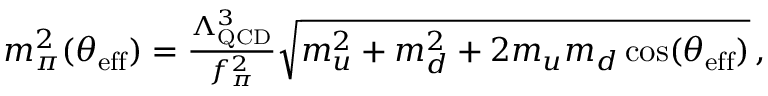
\begin{array} { r } { \! \! \! \! \! \! \! \! \! \! \! \! \! \! \! m _ { \pi } ^ { 2 } ( \theta _ { \mathrm { e f f } } ) = \frac { \Lambda _ { \mathrm { Q C D } } ^ { 3 } } { f _ { \pi } ^ { 2 } } \sqrt { m _ { u } ^ { 2 } + m _ { d } ^ { 2 } + 2 m _ { u } m _ { d } \cos ( \theta _ { \mathrm { e f f } } ) } \, , } \end{array}